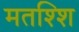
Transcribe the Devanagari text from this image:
मतश्शि